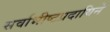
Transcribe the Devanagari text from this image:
सर्वाभीष्टप्रदायिने